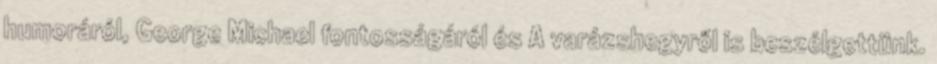
humoráról, George Michael fontosságáról és A varázshegyről is beszélgettünk.